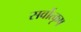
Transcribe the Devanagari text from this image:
सर्वोत्कृष